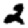
Digit: 2